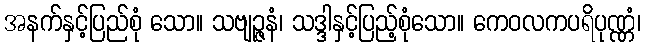
အနက်နှင့်ပြည်စုံ သော။ သဗျဉ္ဇနံ၊ သဒ္ဒါနှင့်ပြည့်စုံသော။ ကေဝလကပရိပုဏ္ဏံ၊